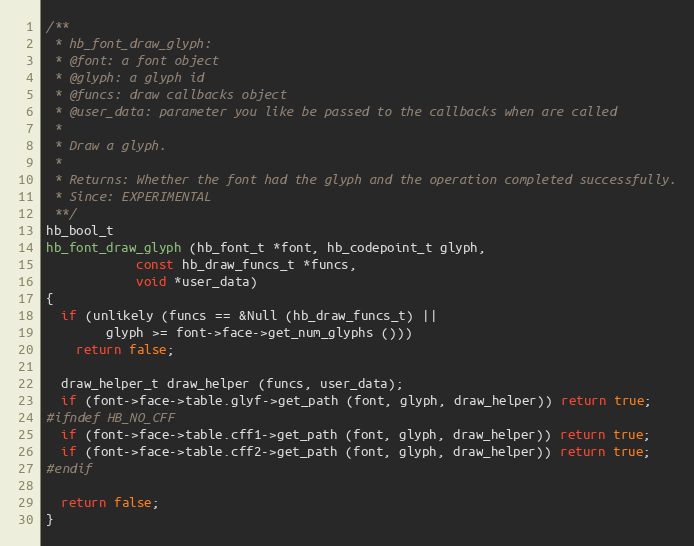
Language: C++
/**
 * hb_font_draw_glyph:
 * @font: a font object
 * @glyph: a glyph id
 * @funcs: draw callbacks object
 * @user_data: parameter you like be passed to the callbacks when are called
 *
 * Draw a glyph.
 *
 * Returns: Whether the font had the glyph and the operation completed successfully.
 * Since: EXPERIMENTAL
 **/
hb_bool_t
hb_font_draw_glyph (hb_font_t *font, hb_codepoint_t glyph,
		    const hb_draw_funcs_t *funcs,
		    void *user_data)
{
  if (unlikely (funcs == &Null (hb_draw_funcs_t) ||
		glyph >= font->face->get_num_glyphs ()))
    return false;

  draw_helper_t draw_helper (funcs, user_data);
  if (font->face->table.glyf->get_path (font, glyph, draw_helper)) return true;
#ifndef HB_NO_CFF
  if (font->face->table.cff1->get_path (font, glyph, draw_helper)) return true;
  if (font->face->table.cff2->get_path (font, glyph, draw_helper)) return true;
#endif

  return false;
}